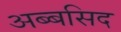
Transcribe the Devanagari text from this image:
अब्बसिद